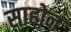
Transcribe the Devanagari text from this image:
साहोन